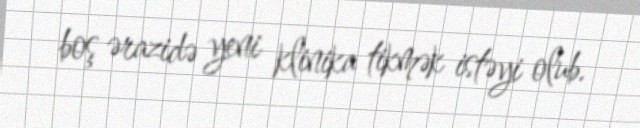
boş ərazidə yeni klinika tikmək istəyi olub.